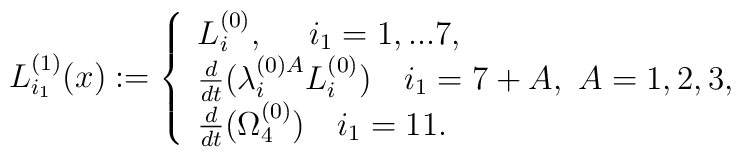
L_{i_1}^{(1)}(x):=\left\{\begin{array}{lll}L_i^{(0)},~~~\ i_1=1,...7,\\\frac{d}{dt}(\lambda^{(0) A}_iL^{(0)}_i)~~~i_1 = 7 +A ,~A=1,2,3, \\\frac{d}{dt} ( \Omega_4^{(0)} ) ~~~i_1 = 11.\end{array}\right.